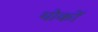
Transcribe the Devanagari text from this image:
थोकों